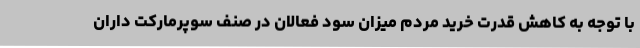
با توجه به کاهش قدرت خرید مردم میزان سود فعالان در صنف سوپرمارکت داران